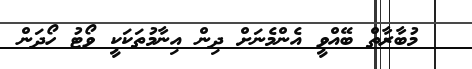
މުބާރާތް ބޭއްވީ އެންމެނަށް ދިން އިނާމުތަކަކީ ވޯޓު ހޯދަން